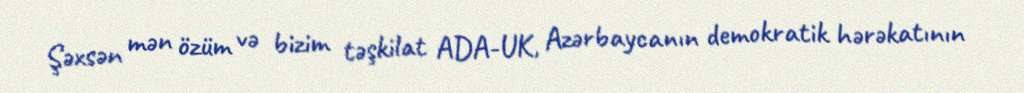
Şəxsən mən özüm və bizim təşkilat ADA-UK, Azərbaycanın demokratik hərəkatının